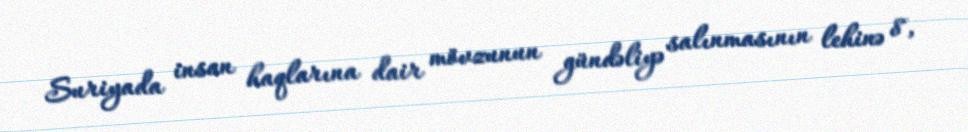
Suriyada insan haqlarına dair mövzunun gündəliyə salınmasının lehinə 8,